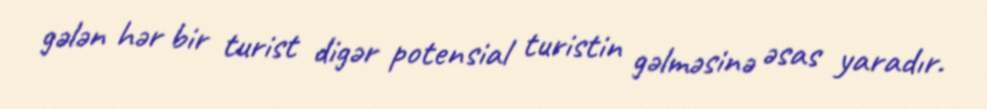
gələn hər bir turist digər potensial turistin gəlməsinə əsas yaradır.